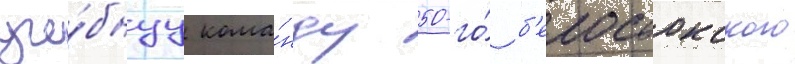
уче́бнуу кома́нду 50-го́ б'елостокского